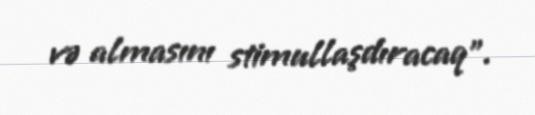
və almasını stimullaşdıracaq”.